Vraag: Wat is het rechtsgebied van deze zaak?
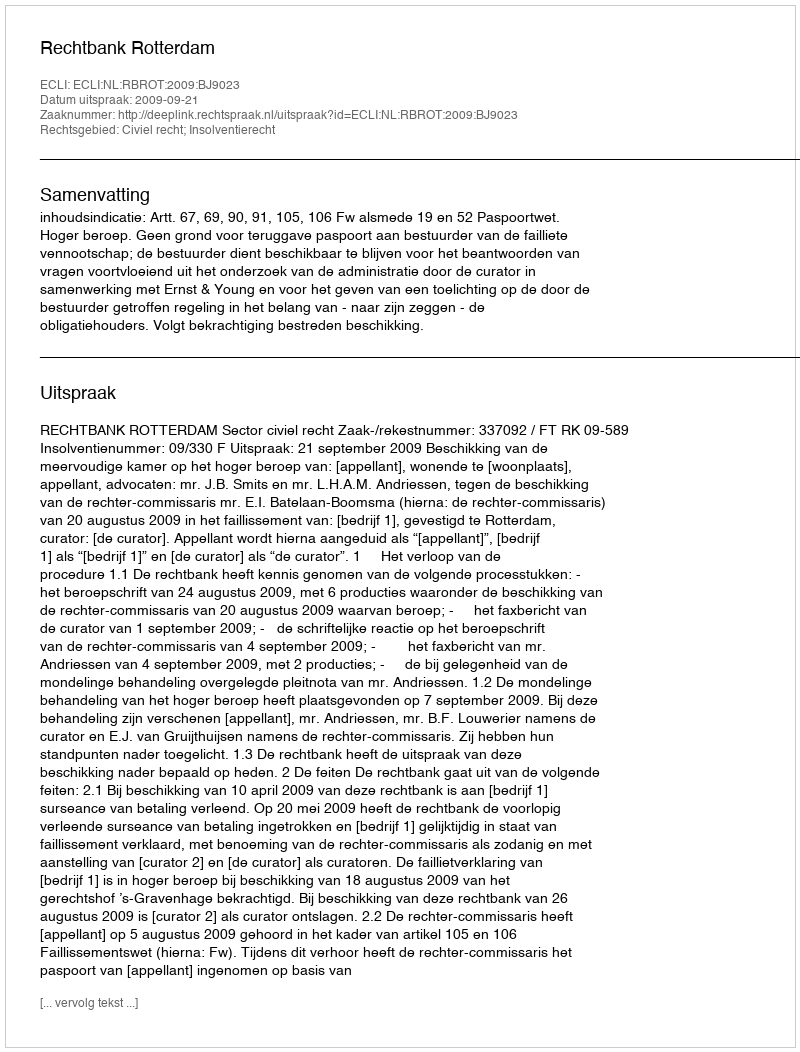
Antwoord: Civiel recht; Insolventierecht